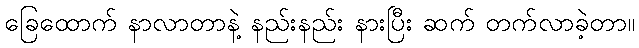
ခြေထောက် နာလာတာနဲ့ နည်းနည်း နားပြီး ဆက် တက်လာခဲ့တာ။